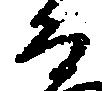
る